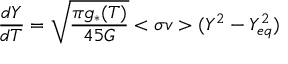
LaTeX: \frac { d Y } { d T } = \sqrt { \frac { \pi g _ { * } ( T ) } { 4 5 G } } < \sigma v > ( Y ^ { 2 } - Y _ { e q } ^ { 2 } )